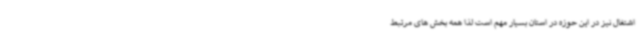
اشتغال نیز در این حوزه در استان بسیار مهم است لذا همه بخش های مرتبط